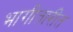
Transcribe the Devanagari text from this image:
भागीतारीत